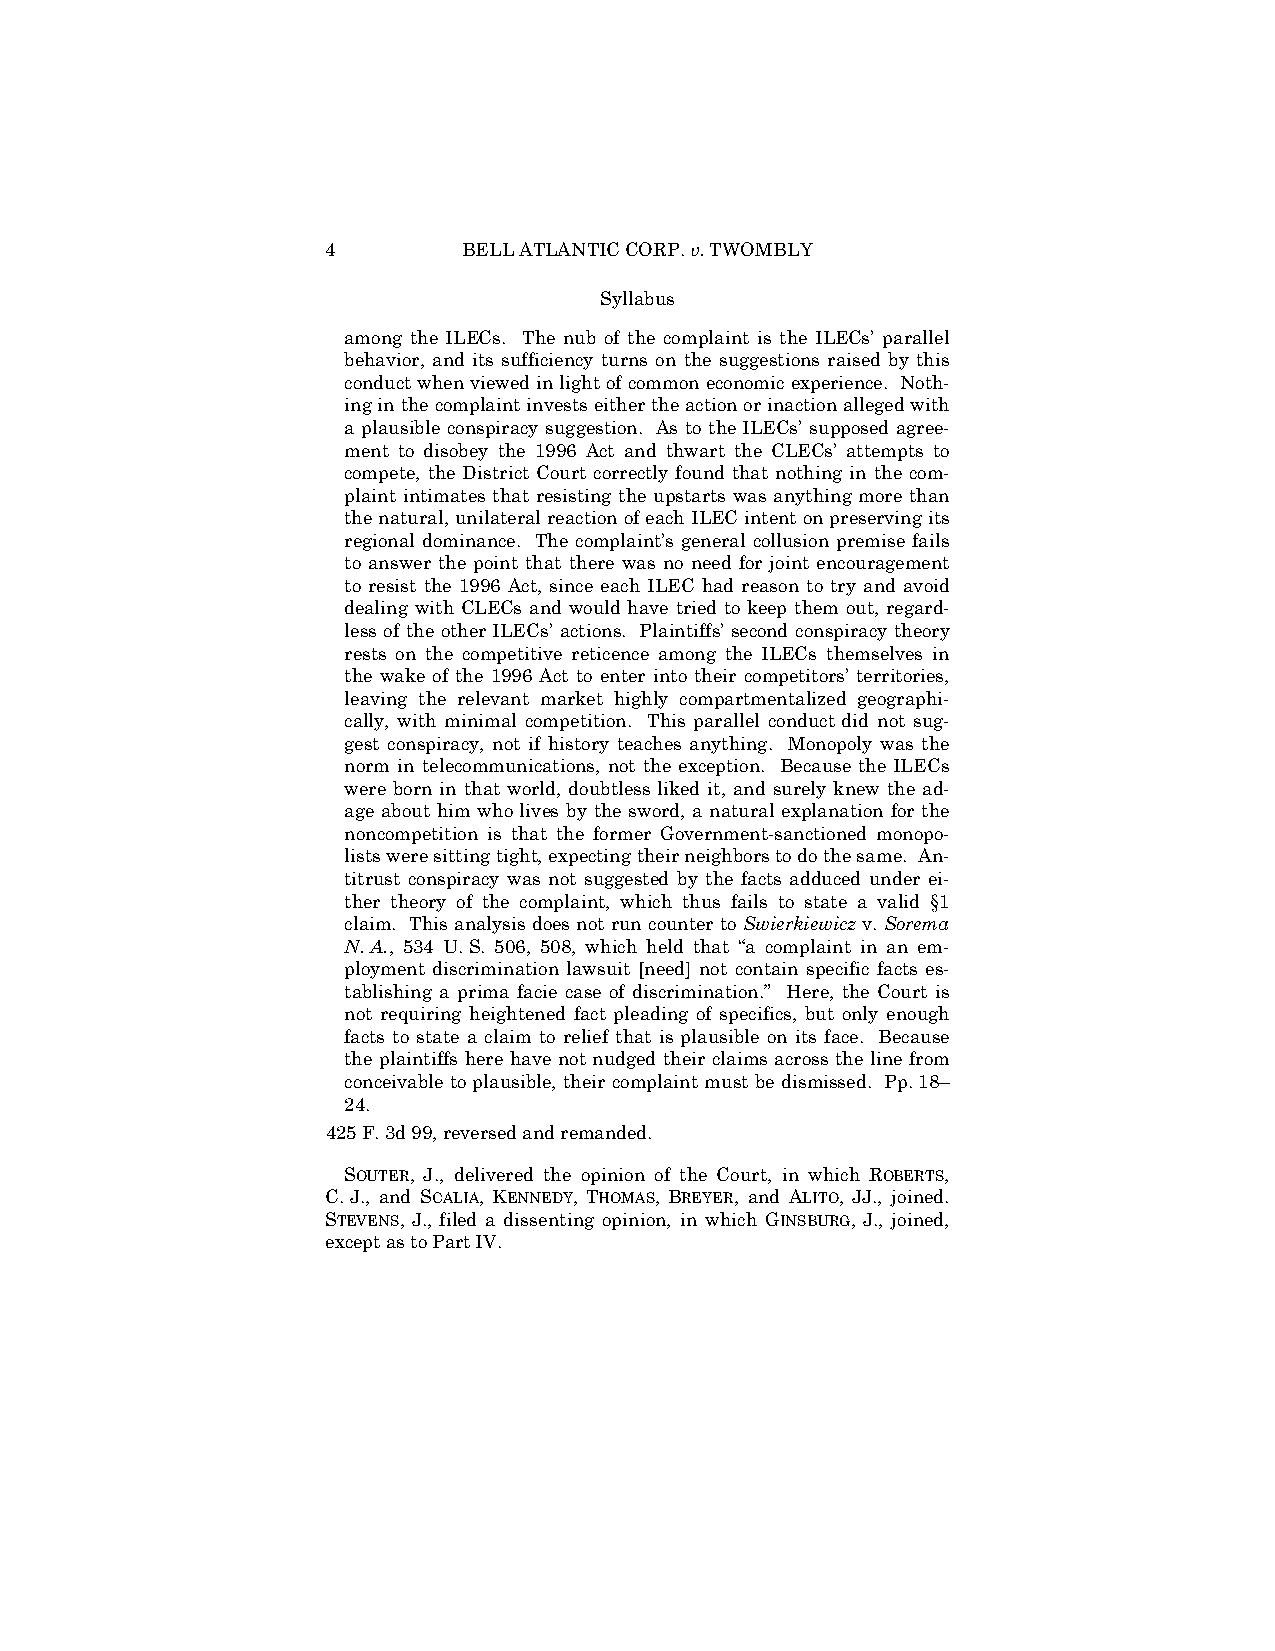
4        BELL ATLANTIC CORP. v. TWOMBLY
 Syllabus
 among the ILECs. The nub of the complaint is the ILECs’ parallel
 behavior, and its sufficiency turns on the suggestions raised by this
 conduct when viewed in light of common economic experience. Noth-
 ing in the complaint invests either the action or inaction alleged with
 a plausible conspiracy suggestion. As to the ILECs’ supposed agree-
 ment to disobey the 1996 Act and thwart the CLECs’ attempts to
 compete, the District Court correctly found that nothing in the com-
 plaint intimates that resisting the upstarts was anything more than
 the natural, unilateral reaction of each ILEC intent on preserving its
 regional dominance. The complaint’s general collusion premise fails
 to answer the point that there was no need for joint encouragement
 to resist the 1996 Act, since each ILEC had reason to try and avoid
 dealing with CLECs and would have tried to keep them out, regard-
 less of the other ILECs’ actions. Plaintiffs’ second conspiracy theory
 rests on the competitive reticence among the ILECs themselves in
 the wake of the 1996 Act to enter into their competitors’ territories,
 leaving the relevant market highly compartmentalized geographi-
 cally, with minimal competition. This parallel conduct did not sug-
 gest conspiracy, not if history teaches anything. Monopoly was the
 norm in telecommunications, not the exception. Because the ILECs
 were born in that world, doubtless liked it, and surely knew the ad-
 age about him who lives by the sword, a natural explanation for the
 noncompetition is that the former Government-sanctioned monopo-
 lists were sitting tight, expecting their neighbors to do the same. An-
 titrust conspiracy was not suggested by the facts adduced under ei-
 ther theory of the complaint, which thus fails to state a valid §1
 claim. This analysis does not run counter to Swierkiewicz v. Sorema
 N. A., 534 U. S. 506, 508, which held that “a complaint in an em-
 ployment discrimination lawsuit [need] not contain specific facts es-
 tablishing a prima facie case of discrimination.” Here, the Court is
 not requiring heightened fact pleading of specifics, but only enough
 facts to state a claim to relief that is plausible on its face. Because
 the plaintiffs here have not nudged their claims across the line from
 conceivable to plausible, their complaint must be dismissed. Pp. 18–
 24.
 425 F. 3d 99, reversed and remanded.
 SOUTER, J., delivered the opinion of the Court, in which ROBERTS,
 C. J., and SCALIA, KENNEDY, THOMAS, BREYER, and ALITO, JJ., joined.
 STEVENS, J., filed a dissenting opinion, in which GINSBURG, J., joined,
 except as to Part IV.